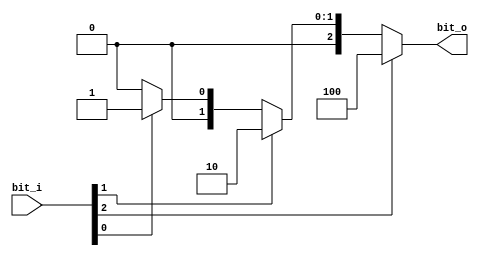
// Module Name: arbiter.v


module arbiter(
    input  wire [2:0] bit_i,
    output wire [2:0] bit_o
    );
    reg[2:0] bit_x;
    assign bit_o = bit_x;
    always @ (*) begin
        if (bit_i[2])
          bit_x = 3'b100;
        else if (bit_i[1])
          bit_x = 3'b010;
        else if (bit_i[0]) 
          bit_x = 3'b001;
      else
          bit_x = 3'b000;
    end

endmodule